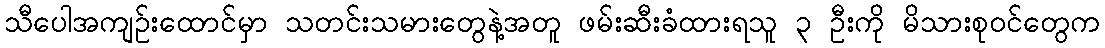
သီပေါအကျဉ်းထောင်မှာ သတင်းသမားတွေနဲ့အတူ ဖမ်းဆီးခံထားရသူ ၃ ဦးကို မိသားစုဝင်တွေက